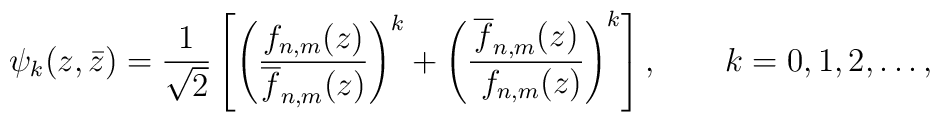
\psi_k(z,\bar z)={1\over \sqrt 2} \left[ \left ( {f_{n, m}(z)\over\overline  f_{n, m}(z)}\right)^{k}+\left ( {\overline {f}_{n, m}(z)\over \ f_{n, m}(z)}\right)^{k}\right],\qquad k=0,1,2,\ldots,